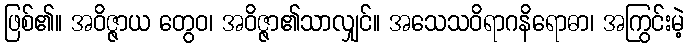
ဖြစ်၏။ အဝိဇ္ဇာယ တွေဝ၊ အဝိဇ္ဇာ၏သာလျှင်။ အသေသဝိရာဂနိရောဓာ၊ အကြွင်းမဲ့